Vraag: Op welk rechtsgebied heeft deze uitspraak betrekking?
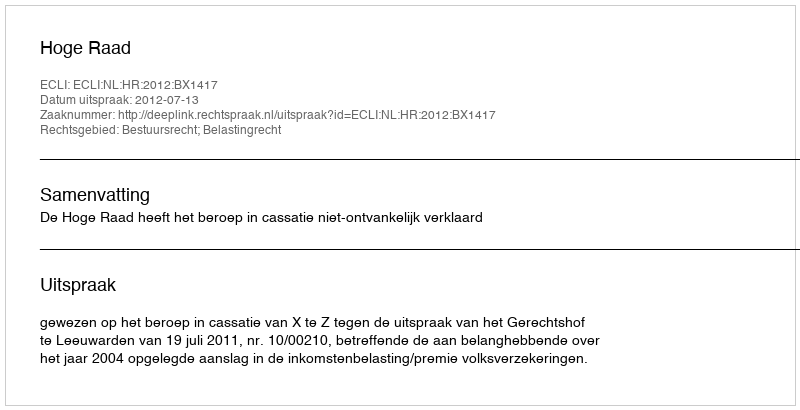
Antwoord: Bestuursrecht; Belastingrecht